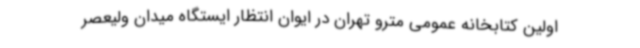
اولین کتابخانه عمومی مترو تهران در ایوان انتظار ایستگاه میدان ولیعصر